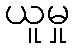
ယူမှု